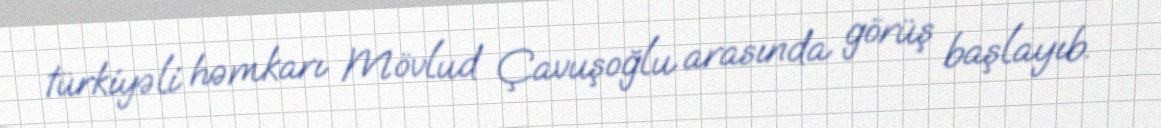
türkiyəli həmkarı Mövlud Çavuşoğlu arasında görüş başlayıb.